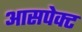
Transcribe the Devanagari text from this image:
आसपेक्ट